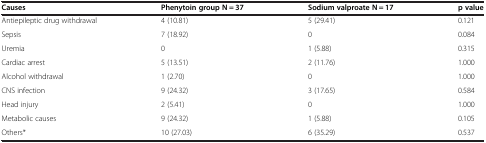
<table><thead><tr><td><b>Causes</b></td><td><b>Phenytoin group N = 37</b></td><td><b>Sodium valproate N = 17</b></td><td><b>p value</b></td></tr></thead><tbody><tr><td>Antiepileptic drug withdrawal</td><td>4 (10.81)</td><td>5 (29.41)</td><td>0.121</td></tr><tr><td>Sepsis</td><td>7 (18.92)</td><td>0</td><td>0.084</td></tr><tr><td>Uremia</td><td>0</td><td>1 (5.88)</td><td>0.315</td></tr><tr><td>Cardiac arrest</td><td>5 (13.51)</td><td>2 (11.76)</td><td>1.000</td></tr><tr><td>Alcohol withdrawal</td><td>1 (2.70)</td><td>0</td><td>1.000</td></tr><tr><td>CNS infection</td><td>9 (24.32)</td><td>3 (17.65)</td><td>0.584</td></tr><tr><td>Head injury</td><td>2 (5.41)</td><td>0</td><td>1.000</td></tr><tr><td>Metabolic causes</td><td>9 (24.32)</td><td>1 (5.88)</td><td>0.105</td></tr><tr><td>Others*</td><td>10 (27.03)</td><td>6 (35.29)</td><td>0.537</td></tr></tbody></table>